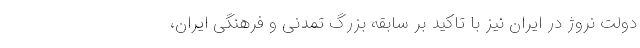
دولت نروژ در ایران نیز با تاکید بر سابقه بزرگ تمدنی و فرهنگی ایران،